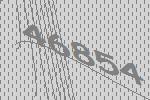
46854